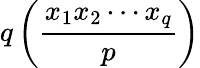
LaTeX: q\left({\frac{x_{1}x_{2}\cdots x_{q}}{p}}\right)